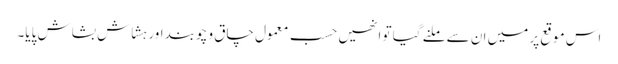
اس موقع پر میں ان سے ملنے گیا تو انھیں حسب معمول چاق و چوبند اور ہشاش بشاش پایا۔